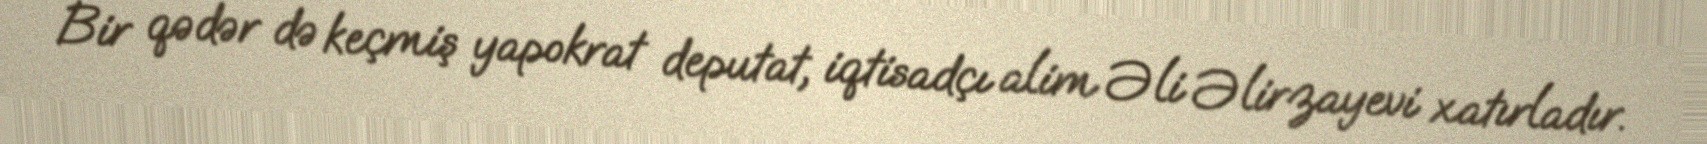
Bir qədər də keçmiş yapokrat deputat, iqtisadçı alim Əli Əlirzayevi xatırladır.